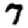
Digit: 7